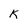
Character: k